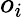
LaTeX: o_{i}